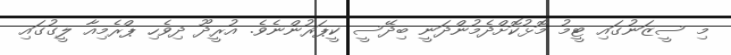
މި ސީޒަނުގައި ޓީމު މޮޅުކޮށްދެމުންދަނީ ބިދޭސީ ކީޕަރުންނެވެ. އުރީދޫ ދިވެހި ޕްރެމިއާ ލީގުގައި